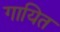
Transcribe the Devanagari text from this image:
गायित